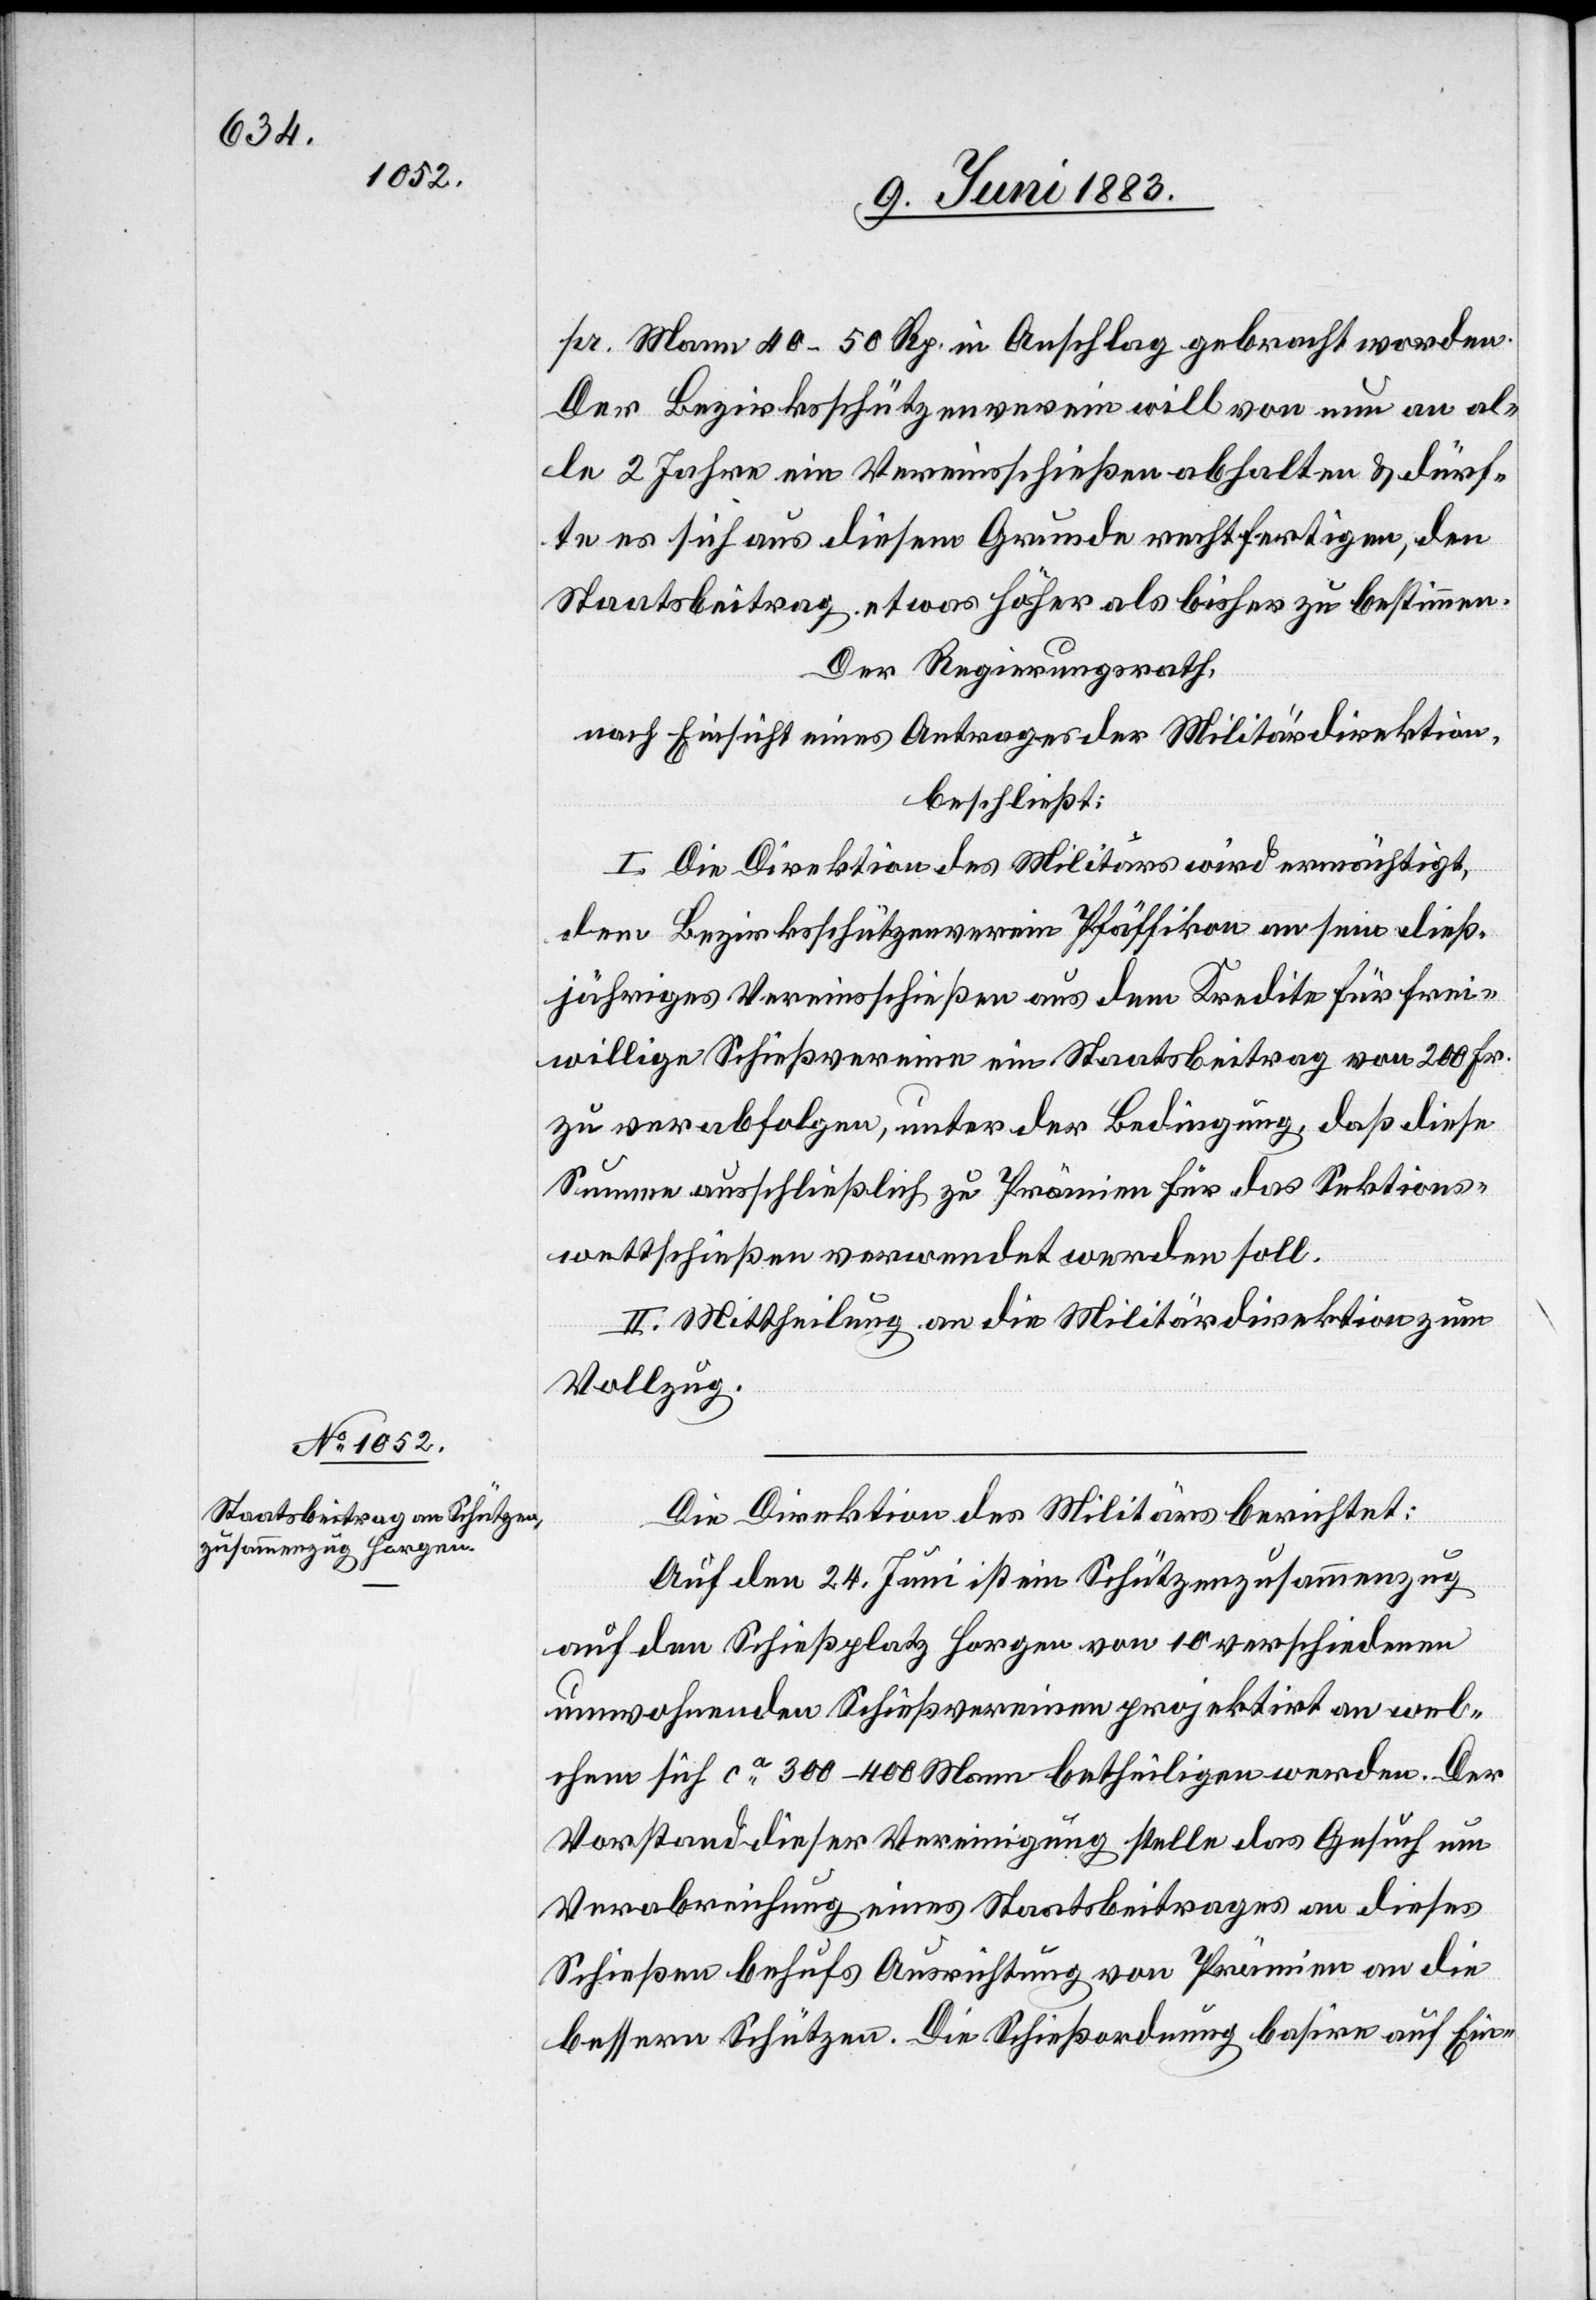
pr. Mann 40–50 Rp. in Anschlag gebracht worden.
Der Bezirksschützenverein will von nun an al¬
le 2 Jahre ein Vereinsschießen abhalten & dürf¬
te es sich aus diesem Grunde rechtfertigen, den
Staatsbeitrag etwas höher als bisher zu bestimmen.
Der Regierungsrath,
nach Einsicht eines Antrages der Militärdirektion,
beschließt:
I. Die Direktion des Militärs wird ermächtigt,
den Bezirksschützenverein Pfäffikon an sein dieß¬
jähriges Vereinsschießen aus dem Kredite für frei¬
willige Schießvereine ein Staatsbeitrag von 200 Fr.
zu verabfolgen, unter der Bedingung, daß diese
Summe ausschließlich zu Prämien für das Sektions¬
wettschießen verwendet werden soll.
II. Mittheilung an die Militärdirektion zum
Vollzug.
Die Direktion des Militärs berichtet:
Auf den 24. Juni ist ein Schützenzusammenzug
auf dem Schießplatz Horgen von 10 verschiedenen
umwohnenden Schießvereinen projektirt an wel¬
chem sich ca 300–400 Mann betheiligen werden. Der
Vorstand dieser Vereinigung stelle das Gesuch um
Verabreichung eines Staatsbeitrages an dieses
Schießen behufs Ausrichtung von Prämien an die
bessern Schützen. Die Schießordnung basire auf Ein-